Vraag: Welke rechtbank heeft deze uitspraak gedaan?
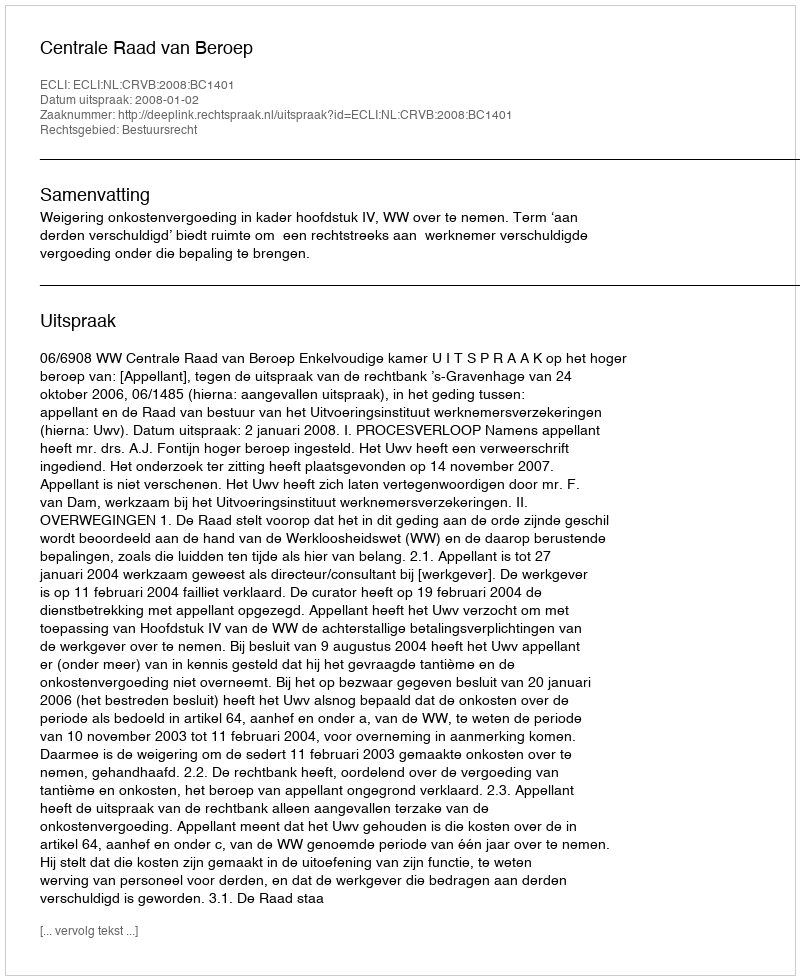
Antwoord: Centrale Raad van Beroep